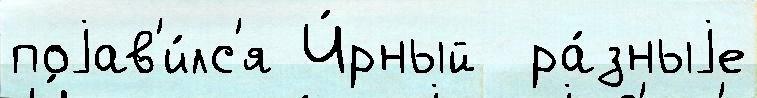
поjав'и́лс'я Ч́рный  ра́зныjе